Vaccination in Burma 1920-1933 - 1920-1933
Year: 1920
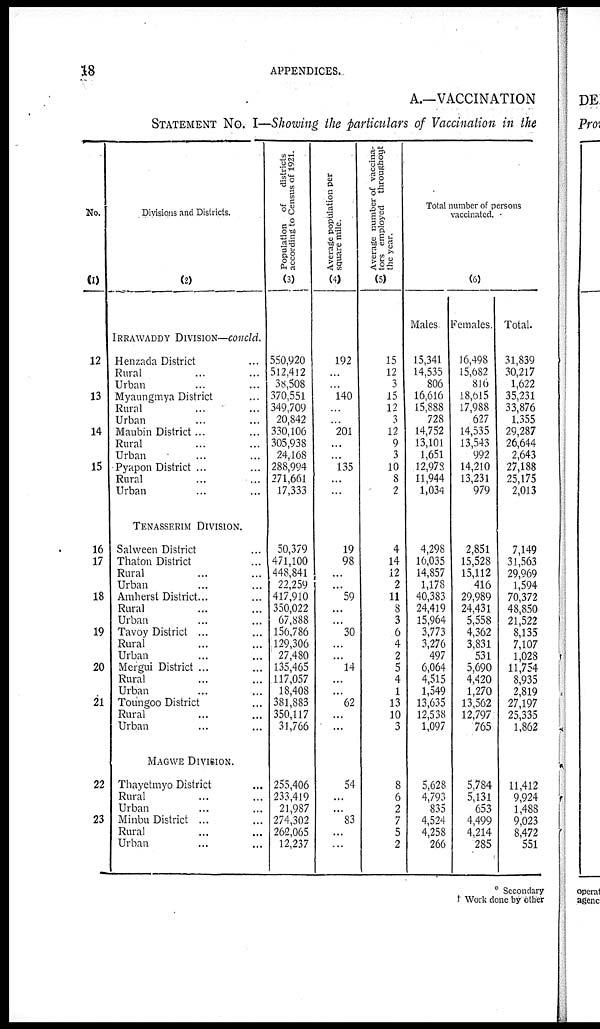
18
APPENDICES.
A.—VACCINATION
STATEMENT No. I—Showing the particulars of Vaccination in the
No.
(1)
12
13
14
15
16
17
18
19
20
21
22
23
Divisions and Districts.
(2)
IRRAWADDY DIVISION—Concld.
Henzada District ...
Rural ... ...
Urban ... ...
Myaungmya District ...
Rural ... ...
Urban ... ...
Maubin District...
Rural ... ...
Urban ... ...
Pyapon District ...
Rural ... ...
Urban ... ...
TENASSERIM DIVISION.
Salween District ...
Thaton District ...
Rural ... ...
Urban ... ...
Amherst District... ...
Rural ... ...
Urban ... ...
Tavoy District ... ...
Rural ... ...
Urban ... ...
Mergui District ... ...
Rural ... ...
Urban ... ...
Toungoo District ...
Rural ... ...
Urban ... ...
MAGWE DIVISION.
Thayetmyo District ...
Rural ... ...
Urban ... ...
Minbu District ... ...
Rural ... ...
Urban ... ...
Population of
districts
according to Census of 1921.
(3)
550,920
512,412
38,508
370,551
349,709
20,842
330,106
305,938
24,168
288,994
271,661
17,333
50,379
471,100
448,841
22,259
417,910
350,022
67,888
156,786
129,306
27,480
135,465
117,057
18,408
381,883
350,117
31,766
255,406
233,419
21,987
274,302
262,065
12,237
Average population per
square mile.
(4)
192
...
...
140
...
...
201
...
...
135
...
...
19
98
...
59
...
...
30
...
...
14
...
...
62
...
...
54
...
83
...
...
Average number of vaccina-
tors employed throughout
the year.
(5)
15
12
3
15
12
3
12
9
3
10
8
2
4
14
12
2
11
8
3
6
4
2
5
4
1
13
10
3
8
6
2
7
5
2
Total number of persons
vaccinated.
(6)
Males
15,341
14,535
806
16,616
15,888
728
14,752
13,101
1,651
12,978
11,944
1,034
4,298
16,035
14,857
1,178
40,383
24,419
15,964
3,773
3,276
497
6,064
4,515
1,549
13,635
12,538
1,097
5,628
4,793
835
4,524
4,258
266
Females.
16,498
15,682
816
18,615
17,988
627
14,535
13,543
992
14,210
13,231
979
2,851
15,528
15,112
416
29,989
24,431
5,558
4,362
3,831
531
5,690
4,420
1,270
13,562
12,797
765
5,784
5,131
653
4,499
4,214
285
Total.
31,839
30,217
1,622
35,231
33,876
1,355
29,287
26,644
2,643
27,188
25,175
2,013
7,149
31,563
29,969
1,594
70,372
48,850
21,522
8,135
7,107
1,028
11,754
8,935
2,819
27,197
25,335
1,862
11,412
9,924
1,488
9,023
8,472
551
* Secondary
† Work done by other